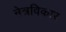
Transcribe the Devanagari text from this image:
नेत्रविकार